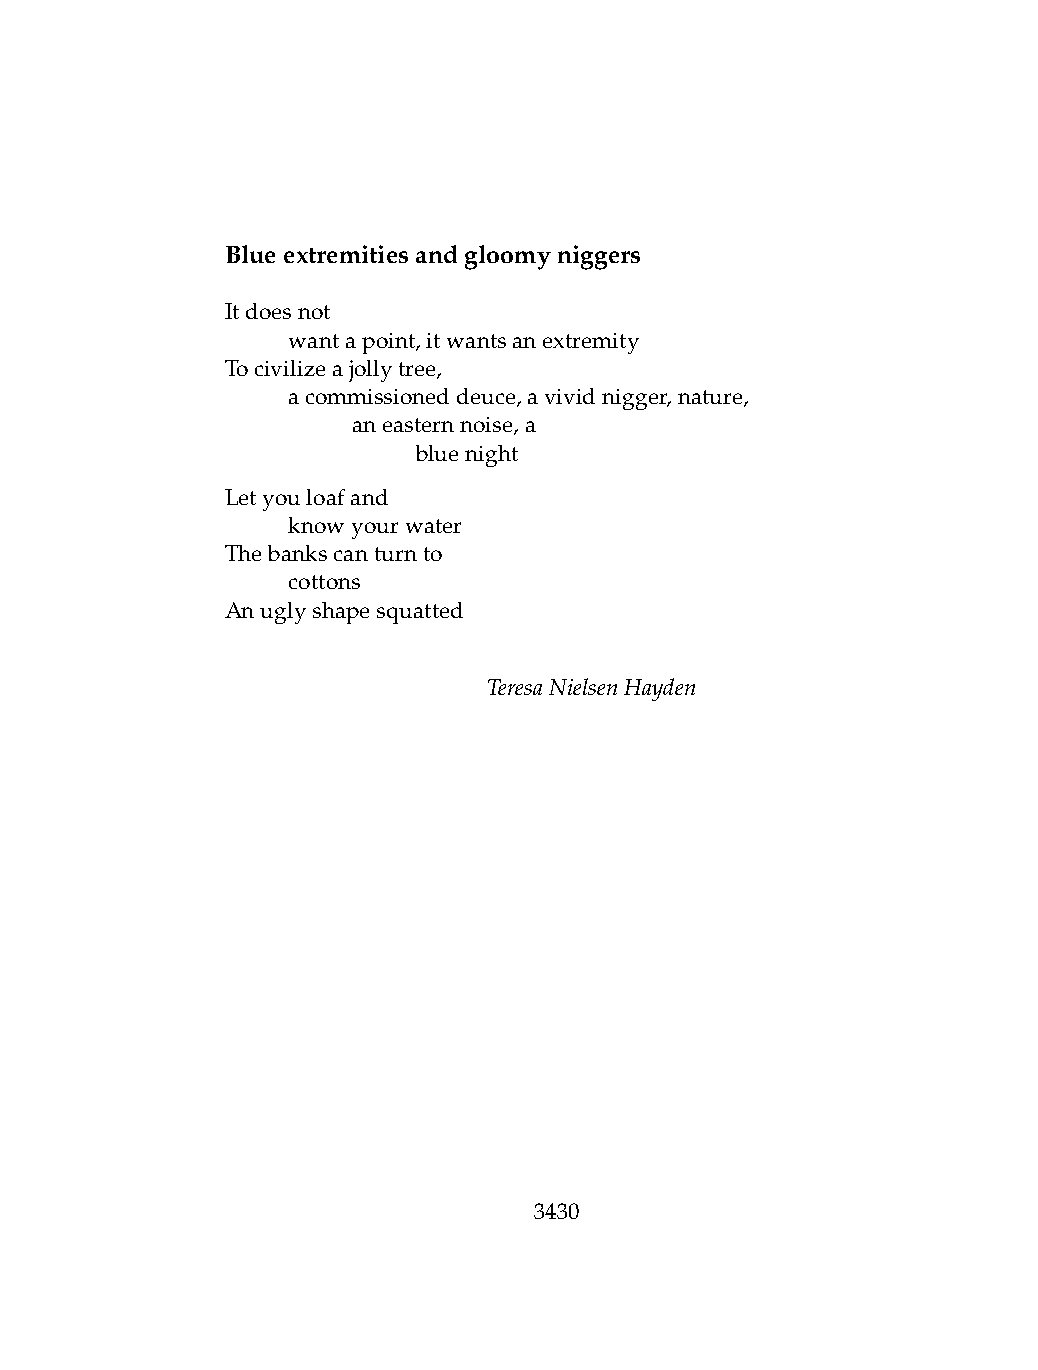
Blueextremitiesandgloomyniggers
 Itdoesnot
 .   wantapoint,itwantsanextremity
 Tocivilizeajollytree,
 .   acommissioneddeuce,avividnigger,nature,
 .   .   aneasternnoise,a
 .   .   .    bluenight
 Letyouloafand
 .   knowyourwater
 Thebankscanturnto
 .   cottons
 Anuglyshapesquatted
 TeresaNielsenHayden
 3430